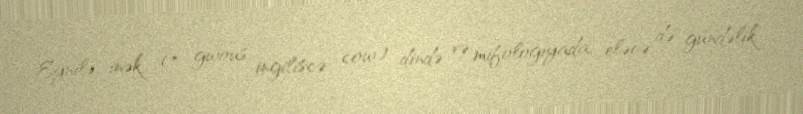
Eynilə, inək (* gwous, ingiliscə: cow) dində və mifologiyada, eləcə də gündəlik